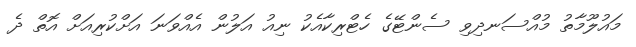
މައުލޫމާތު މުއްސަނދިވި ސެންޓޭގެ ހެޓްރިކާއެކު ނިއު އަލުން އެއްވަނަ އަށްކުރިއަށް އޮތް ދެ